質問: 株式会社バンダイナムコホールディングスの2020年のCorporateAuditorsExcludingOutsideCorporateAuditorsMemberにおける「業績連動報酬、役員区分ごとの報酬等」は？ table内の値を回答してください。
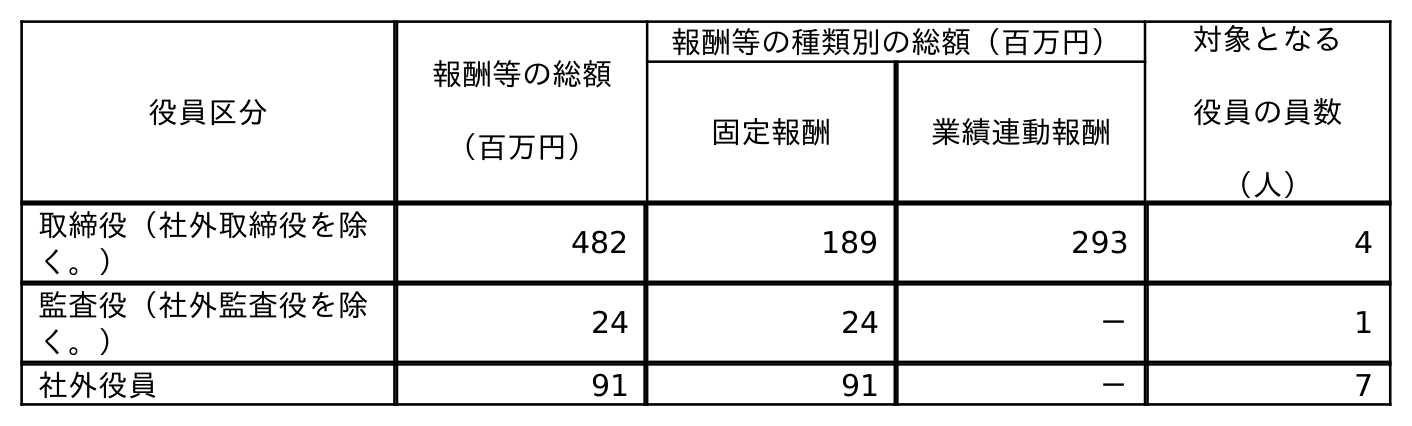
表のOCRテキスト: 役員区分 報酬等の総額 （百万円） 報酬等の種類別の総額（百万円） 対象となる 役員の員数 （人） 固定報酬 業績連動報酬 取締役（社外取締役を除 く。） 482 189 293 4 監査役（社外監査役を除 く。） 24 24 － 1 社外役員 91 91 － 7
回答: －